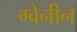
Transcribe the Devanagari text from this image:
ग्वेनीन